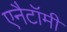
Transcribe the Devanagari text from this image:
एनैटॉमी